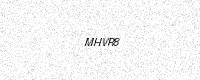
Text: MHVR8